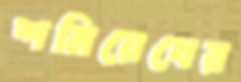
শমিয়েখের